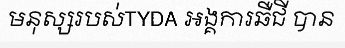
មនុស្សរបស់TYDA អង្គការឆឺជី បាន